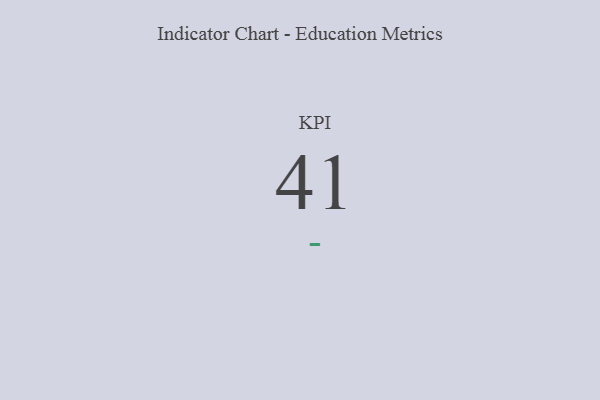
{"axis": {"x": "KPI", "y": "Value"}, "legend": [""], "data": [{"x": "KPI", "y": 41, "type": ""}]}